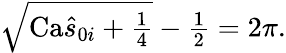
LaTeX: \begin{array}{r}{\sqrt{\textrm{Ca}\hat{s}_{0i}+\frac{1}{4}}-\frac{1}{2}=2\pi.}\end{array}